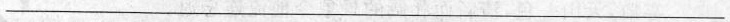
___